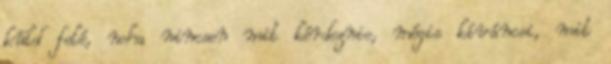
küld felé, noha nincsen mit kérdeznie, mégis kíváncsi, mit